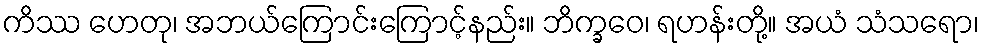
ကိဿ ဟေတု၊ အဘယ်ကြောင်းကြောင့်နည်း။ ဘိက္ခဝေ၊ ရဟန်းတို့။ အယံ သံသရော၊